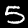
Label: 5